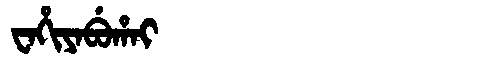
Manchu: ᠸᠠᡥᡳᠶᠠᠪᡠᡥᠠᡳ
Romanization: WAHIYABUHAI